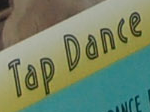
Tap Dance